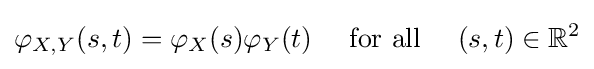
\varphi _{X,Y}(s,t)=\varphi _{X}(s)\varphi _{Y}(t)\quad {\text{ for all }}\quad (s,t)\in \mathbb {R} ^{2}